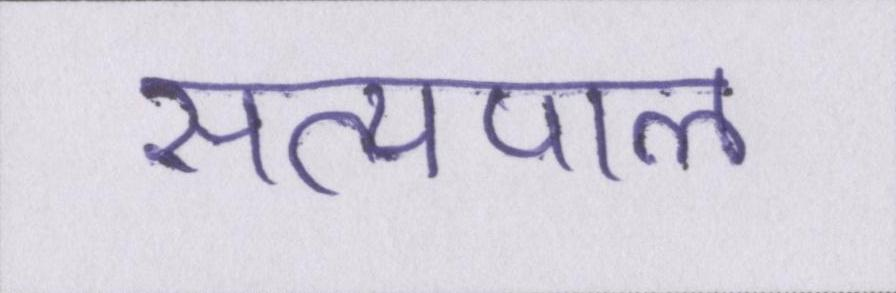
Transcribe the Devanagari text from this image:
सत्यपाल